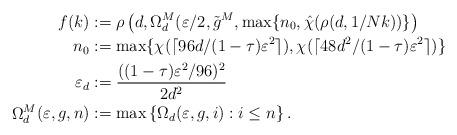
LaTeX: \begin{align*} f(k)&:=\rho\left(d,\Omega_d^M(\varepsilon/2,\tilde g^M,\max\{n_0,\hat\chi(\rho(d,1/Nk))\}\right)\\ n_0&:=\max\{\chi(\lceil96d/(1-\tau)\varepsilon^2\rceil),\chi(\lceil48d^2/(1-\tau)\varepsilon^2\rceil)\}\\ \varepsilon_d&:=\frac{((1-\tau)\varepsilon^2/96)^2}{2d^2}\\ \Omega_d^M(\varepsilon,g,n)&:=\max\left\{\Omega_d(\varepsilon,g,i):i\le n\right\}. \end{align*}